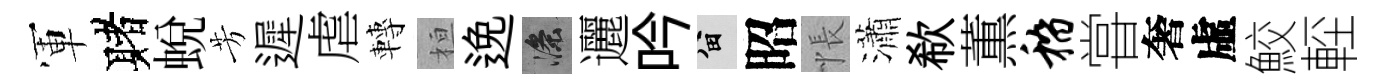
軍赌蜕芳遲虐轉桓𨓜滌邐吟留昭悵瀟欷薫稽甞奢虛鮫䡖